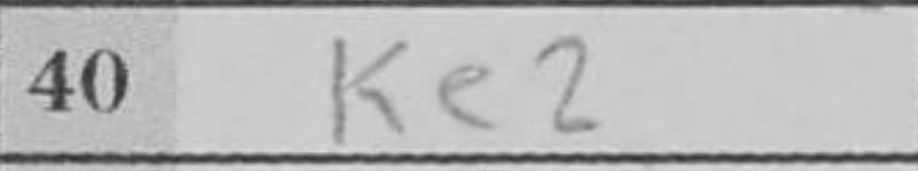
Transcription: Ke2